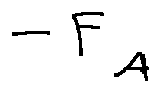
- F _ { A }